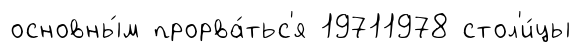
основны́м прорва́тьс'я 19711978 стол'и́цы